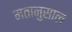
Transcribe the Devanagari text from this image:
मतानुसाल